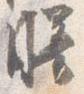
膳